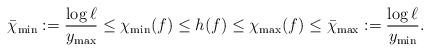
\begin{align*}\bar{\chi}_{\min}:=\frac{\log\ell}{y_{\max}}\le\chi_{\min}(f)\le h(f)\le \chi_{\max}(f)\le \bar{\chi}_{\max}:=\frac{\log\ell}{y_{\min}}.\end{align*}